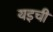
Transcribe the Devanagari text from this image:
यइची